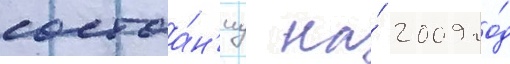
состоа́н'иу на́ 2009 го́д